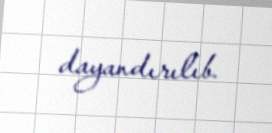
dayandırılıb.